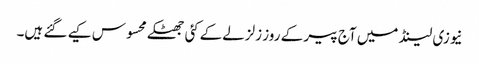
نیوزی لینڈ میں آج پیر کے روز زلزلےکےکئی جھٹکے محسوس کیے گئے ہیں۔